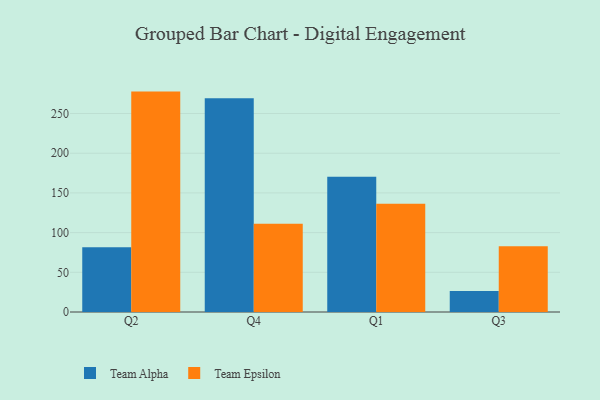
{"axis": {"x": "Quarter", "y": "Market Share (%)"}, "legend": ["Team Alpha", "Team Epsilon"], "data": [{"x": "Q2", "y": 81.7, "type": "Team Alpha"}, {"x": "Q2", "y": 277.6, "type": "Team Epsilon"}, {"x": "Q4", "y": 269.2, "type": "Team Alpha"}, {"x": "Q4", "y": 111.2, "type": "Team Epsilon"}, {"x": "Q1", "y": 170.2, "type": "Team Alpha"}, {"x": "Q1", "y": 136.3, "type": "Team Epsilon"}, {"x": "Q3", "y": 26.3, "type": "Team Alpha"}, {"x": "Q3", "y": 82.9, "type": "Team Epsilon"}]}